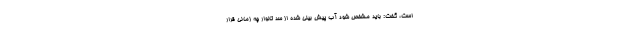
است، گفت: باید مشخص شود آب پیش بینی شده از سد تالوار چه زمانی قرار